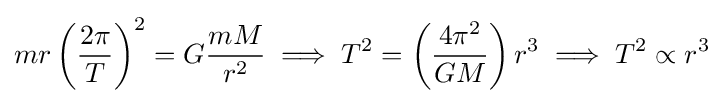
mr\left({\frac {2\pi }{T}}\right)^{2}=G{\frac {mM}{r^{2}}}\implies T^{2}=\left({\frac {4\pi ^{2}}{GM}}\right)r^{3}\implies T^{2}\propto r^{3}